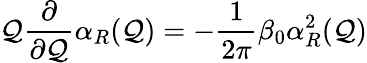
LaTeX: \mathcal{Q}\frac{{\partial}}{{\partial\mathcal{Q}}}\alpha_{R}(\mathcal{Q})=-\frac{{1}}{{2\pi}}\beta_{0}\alpha_{R}^{2}(\mathcal{Q})